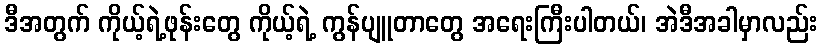
ဒီအတွက် ကိုယ့်ရဲ့ဖုန်းတွေ ကိုယ့်ရဲ့ ကွန်ပျူတာတွေ အရေးကြီးပါတယ်၊ အဲဒီအခါမှာလည်း